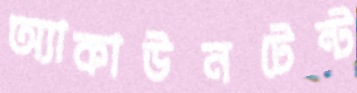
অ্যাকাউনটেন্ট